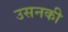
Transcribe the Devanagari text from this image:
उसनकी